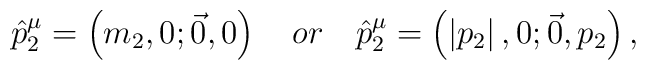
\hat{p}_2^\mu =\left( m_2,0;\vec{0},0\right) \quad or\quad \hat{p}_2^\mu=\left( \left| p_2\right| ,0;\vec{0},p_2\right) ,